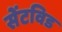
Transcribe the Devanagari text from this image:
सेंटविड